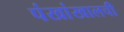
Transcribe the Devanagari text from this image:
पंखांखालची